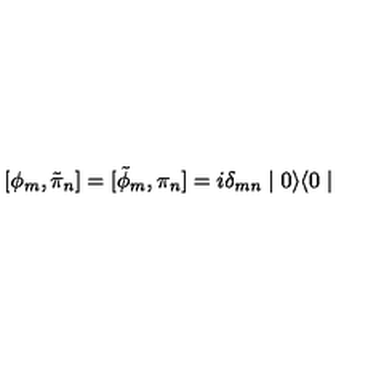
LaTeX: [ \phi _ { m } , \tilde { \pi } _ { n } ] = [ \tilde { \phi } _ { m } , \pi _ { n } ] = i \delta _ { m n } \mid 0 \rangle \langle 0 \mid